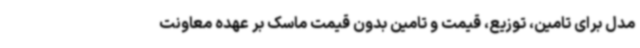
مدل برای تامین، توزیع، قیمت و تامین بدون قیمت ماسک بر عهده معاونت